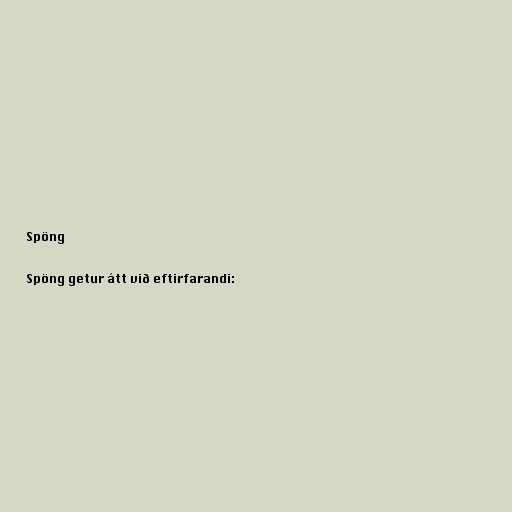
Spöng

Spöng getur átt við eftirfarandi: